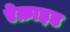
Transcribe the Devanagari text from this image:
ऐक्राइड